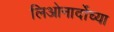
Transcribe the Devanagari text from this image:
लिओनार्दोच्या